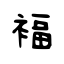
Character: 褔